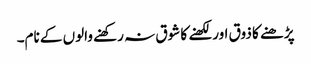
پڑھنے کا ذوق اور لکھنے کا شوق نہ رکھنے والوں کے نام۔